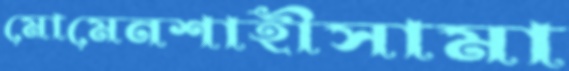
মোমেনশাহীসামা